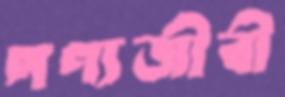
পণ্যজীবী